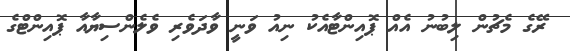
ރޭގެ މެޗުން ލިބުނު އެއް ޕޮއިންޓާއެކު ނިއު ވަނީ ވާދަވެރި ވެލެންސިޔާއާ ޕޮއިންޓްގެ